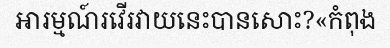
អារម្មណ៍រវើរវាយនេះបានសោះ?«កំពុង